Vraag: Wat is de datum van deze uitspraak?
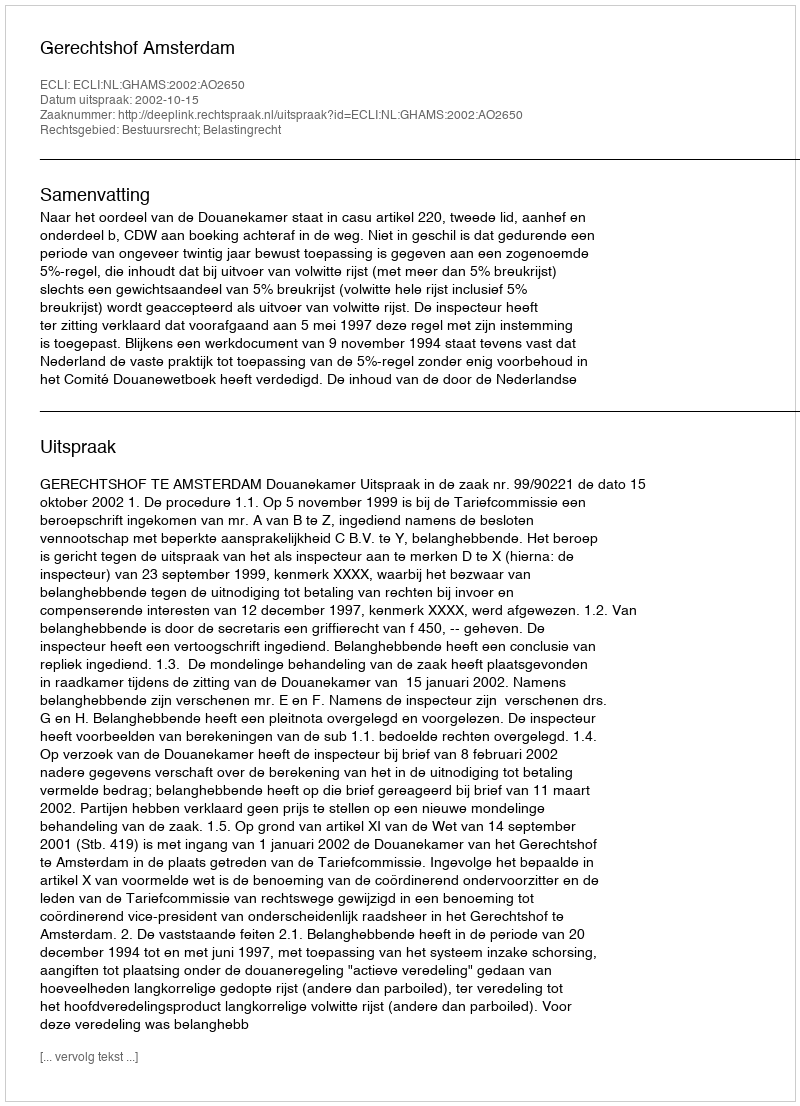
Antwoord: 2002-10-15